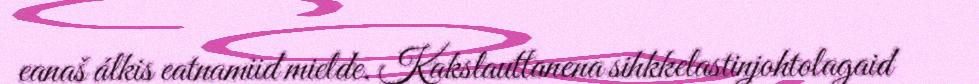
eanaš álkis eatnamiid mielde. Kakslauttanena sihkkelastinjohtolagaid